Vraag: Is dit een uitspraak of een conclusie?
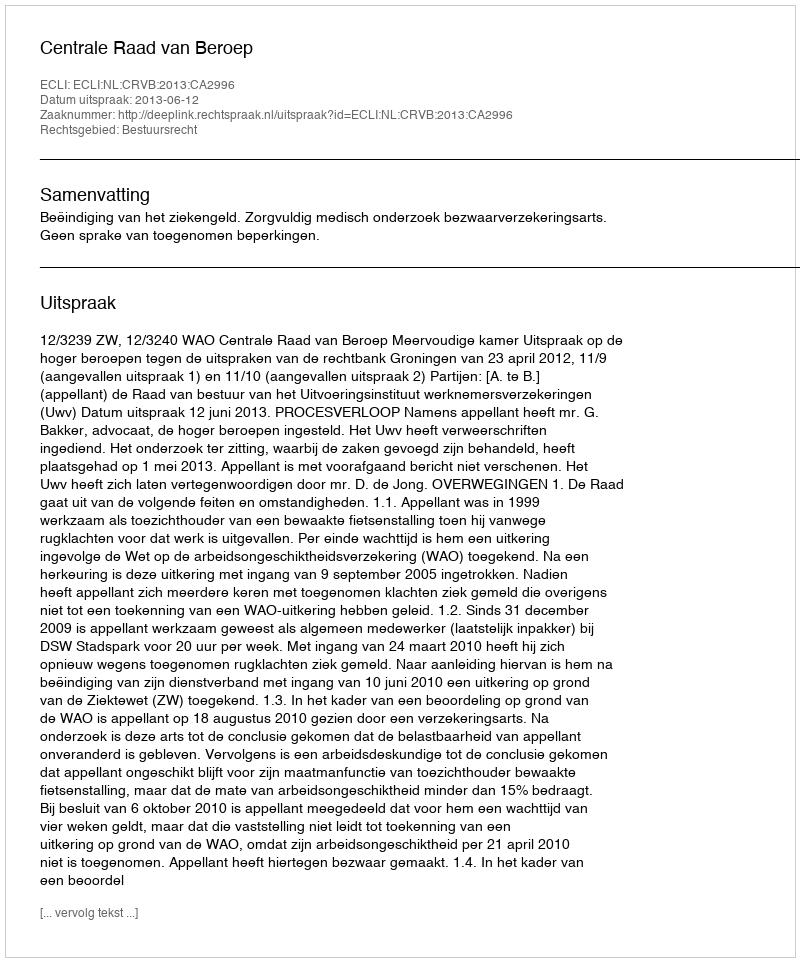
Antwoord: Uitspraak